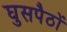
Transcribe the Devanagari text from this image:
घुसपैठों